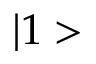
| 1 >